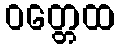
ဝတ္တေထ